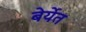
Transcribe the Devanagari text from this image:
बेर्येत